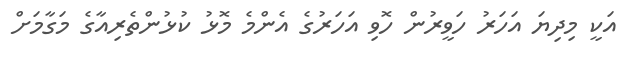
އަކީ މިދިޔަ އަހަރު ހަވީރުން ހޮވި އަހަރުގެ އެންމެ މޮޅު ކުޅުންތެރިއާގެ މަގާމަށް